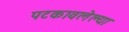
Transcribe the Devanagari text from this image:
पटकावलेल्या